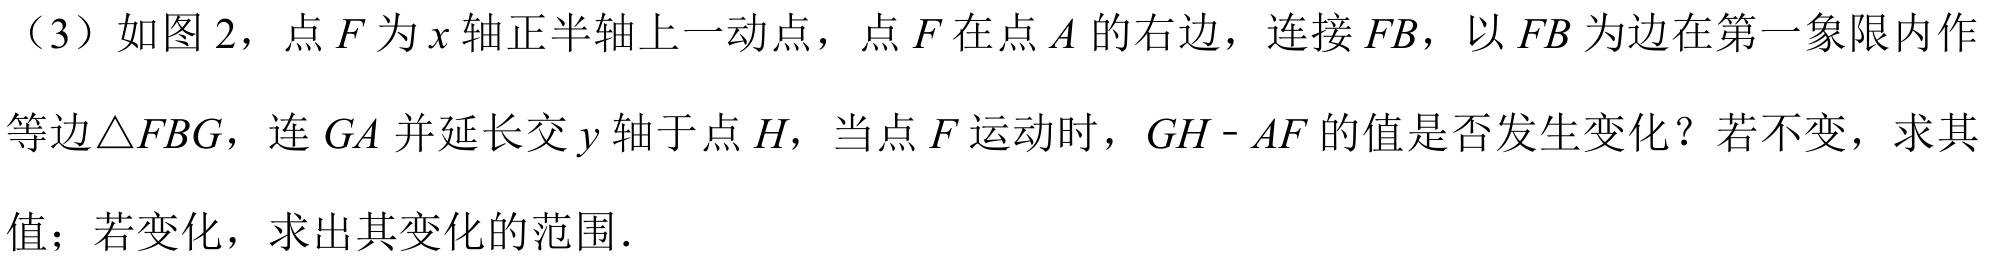
（3）如图2，点\(F\)为\(x\)轴正半轴上一动点，点\(F\)在点\(A\)的右边，连接\(FB\)，以\(FB\)为边在第一象限内作等边\(\triangle FBG\)，连\(GA\)并延长交\(y\)轴于点\(H\)，当点\(F\)运动时，\(GH - AF\)的值是否发生变化？若不变，求其值；若变化，求出其变化的范围.